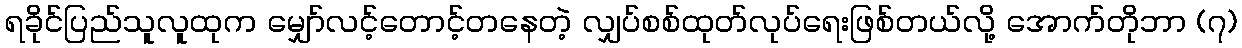
ရခိုင်ပြည်သူလူထုက မျှော်လင့်တောင့်တနေတဲ့ လျှပ်စစ်ထုတ်လုပ်ရေးဖြစ်တယ်လို့ အောက်တိုဘာ (၇)